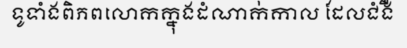
ទូទាំងពិភពលោកក្នុងដំណាក់កាល ដែលជំងឺ